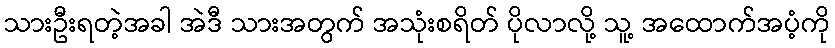
သားဦးရတဲ့အခါ အဲဒီ သားအတွက် အသုံးစရိတ် ပိုလာလို့ သူ့ အထောက်အပံ့ကို